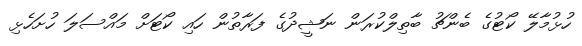
ހުޅުމާލޭ ކޯޓުގެ ބެންޗު ބާތިލްކުރަން ނަޝީދުގެ ފަރާތުން ހައި ކޯޓަށް މައްސަލަ ހުށަހެޅި